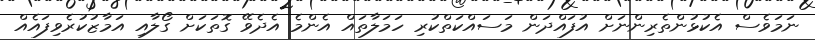
ނަމަވެސް އެކުޅުންތެރިންނަށް އުފައްދަން މަސައްކަތްކުރި ހަމަލާތައް އެންމެ އެދެވޭ ގޮތަކަށް ގޯލާއި އަމާޒުކުރެވިފައެއް